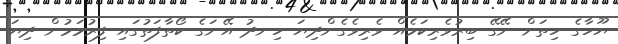
ޔޫހާގެ ހިތަށް ނޭގޭ ބިރުވެރިކަމެއް ވެރިވެގެންދިޔަ ހިނދު އޭނަގެ ކޯތާފަތުގައި ފިރުމަމުން ދިޔަ